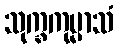
သုက္ခကုမ္မာသံ